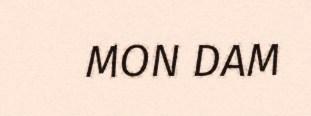
MON DAM